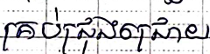
គ្រប់ជ្រុងជ្រោយ